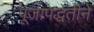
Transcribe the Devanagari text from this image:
पूजापद्धतीने